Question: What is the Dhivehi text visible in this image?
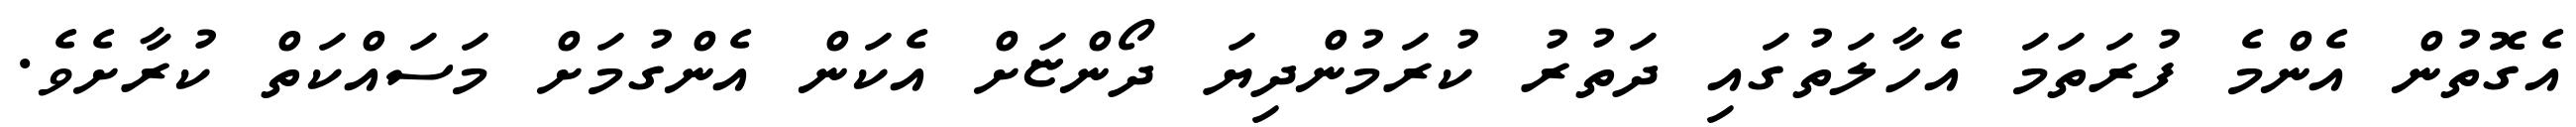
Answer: އެގޮތުން އެންމެ ފުރަތަމަ އެހާލަތުގައި ދަތުރު ކުރަމުންދިޔަ ދޯންޏަށް އެކަން އެންގުމަށް މަސައްކަތް ކުރާށެވެ.